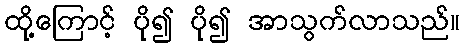
ထို့ကြောင့် ပို၍ ပို၍ အာသွက်လာသည်။